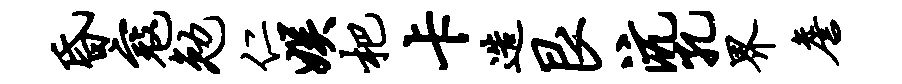
昏寇勉仁娱杷卡造艮沆孔界詹